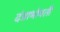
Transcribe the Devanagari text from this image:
दंडाभोवती